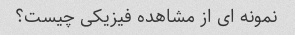
نمونه ای از مشاهده فیزیکی چیست؟